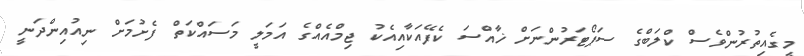
މީގެއިތުރުންވެސް ކްލަބްގެ ސަޕޯޓަރުންނަށް ޚާއްސަ ކެފޭއަކާއިއެކު ޖިމްއެއްގެ އަމަލީ މަސައްކަތް ފެށުމަށް ނިއުއިންދަނީ